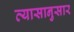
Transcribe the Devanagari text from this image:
व्यासानुसार